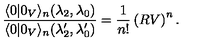
\frac { \langle 0 | 0 _ { V } \rangle _ { n } ( \lambda _ { 2 } , \lambda _ { 0 } ) } { \langle 0 | 0 _ { V } \rangle _ { n } ( { \lambda } _ { 2 } ^ { \prime } , { \lambda } _ { 0 } ^ { \prime } ) } = \frac { 1 } { n ! } \left( R V \right) ^ { n } .